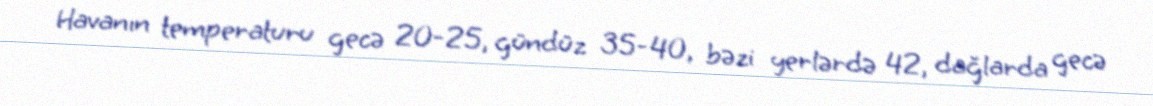
Havanın temperaturu gecə 20-25, gündüz 35-40, bəzi yerlərdə 42, dağlarda gecə